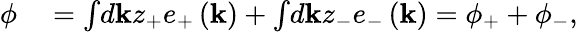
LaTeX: \begin{array}{rl}{\phi}&{{}=\int\! d\mathbf{k}z_{+}e_{+}\left(\mathbf{k}\right)+\int\! d\mathbf{k}z_{-}e_{-}\left(\mathbf{k}\right)=\phi_{+}+\phi_{-},}\end{array}